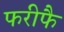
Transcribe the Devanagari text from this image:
फरीफै